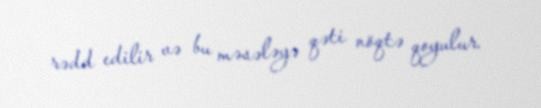
rədd edilir və bu məsələyə qəti nöqtə qoyulur.